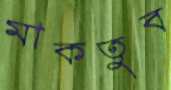
মাকতুব